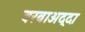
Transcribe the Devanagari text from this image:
बरवाअद्दा